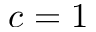
c = 1